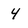
Character: 4